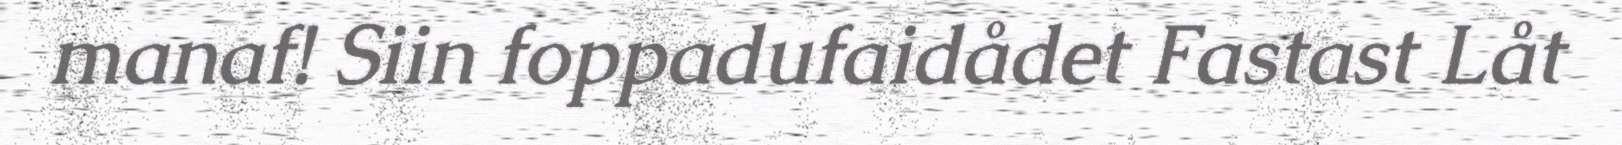
manaf! Siin foppadufaidådet Fastast Låt